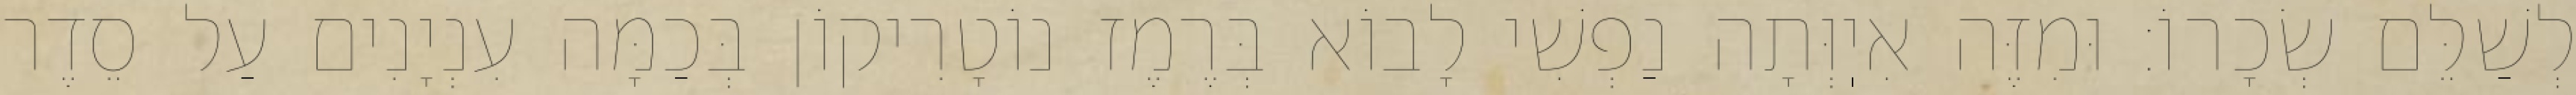
לְשַׁלֵּם שְׂכָרוֹ: וּמִזֶּה אִיֽוְּתָה נַפְשִׁי לָבוֹא בְּרֶמֶז נוֹטָרִיקוֹן בְּכַמָּה עִנְיָנִים עַל סֵדֶר